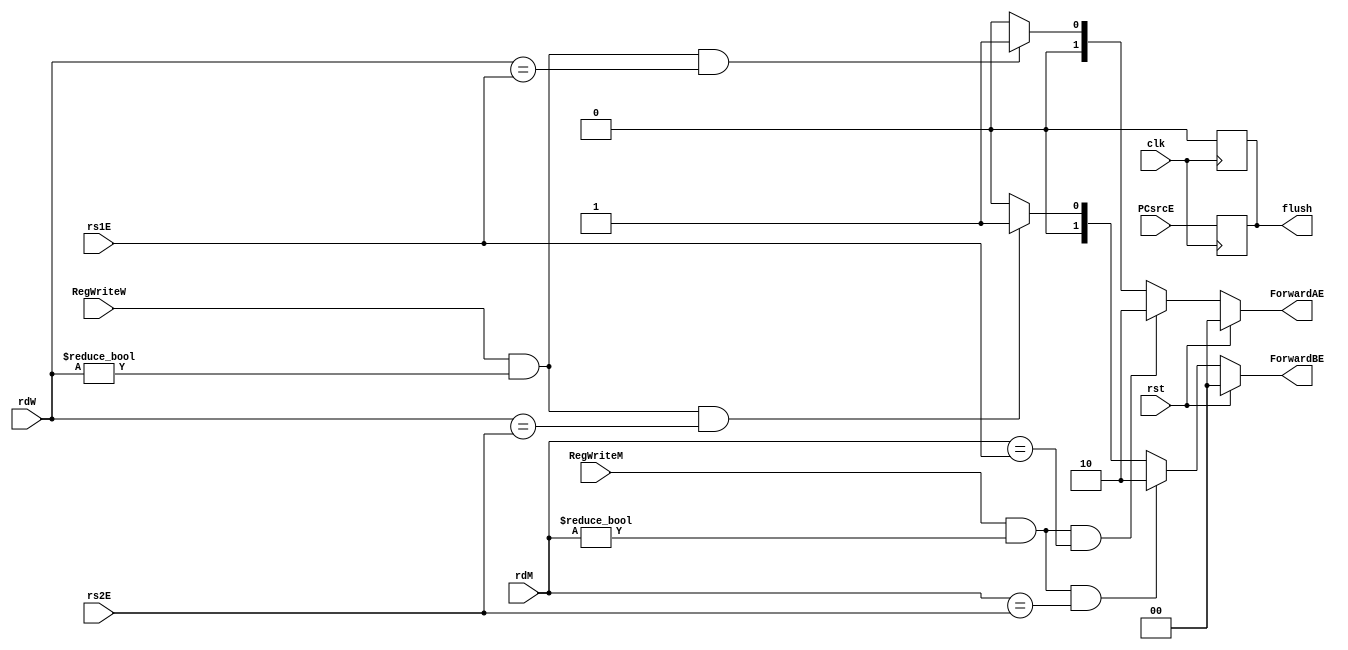
// This program was cloned from: https://github.com/Rohan7Gupta/pentaRV
// License: Apache License 2.0

module hazard(clk,rst,PCsrcE, RegWriteM, RegWriteW, rdM, rdW, rs1E, rs2E, ForwardAE, ForwardBE, flush);

    // Declaration of I/Os
    input clk, PCsrcE, rst, RegWriteM, RegWriteW;
    input [4:0] rdM, rdW, rs1E, rs2E;
    output [1:0] ForwardAE, ForwardBE;
    output reg flush;
    
    assign ForwardAE = (rst) ? 2'b00 : 
                       ((RegWriteM == 1'b1) & (rdM != 5'h00) & (rdM == rs1E)) ? 2'b10 :
                       ((RegWriteW == 1'b1) & (rdW != 5'h00) & (rdW == rs1E)) ? 2'b01 : 2'b00;
                       
    assign ForwardBE = (rst) ? 2'b00 : 
                       ((RegWriteM == 1'b1) & (rdM != 5'h00) & (rdM == rs2E)) ? 2'b10 :
                       ((RegWriteW == 1'b1) & (rdW != 5'h00) & (rdW == rs2E)) ? 2'b01 : 2'b00;

    always @(negedge clk) begin //flush
        flush <= PCsrcE;
    end
    always @(posedge clk) begin
        flush <= 1'b0;
    end

endmodule